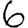
Digit: 6